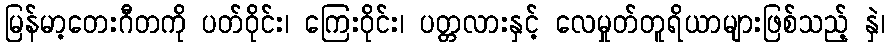
မြန်မာ့တေးဂီတကို ပတ်ဝိုင်း၊ ကြေးဝိုင်း၊ ပတ္တလားနှင့် လေမှုတ်တူရိယာများဖြစ်သည့် နှဲ၊